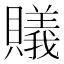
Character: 𧸡